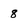
Character: 8